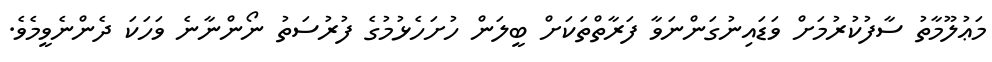
މަޢުލޫމާތު ސާފުކުރުމަށް ވަޑައިނުގަންނަވާ ފަރާތްތަކަށް ބީލަން ހުށަހެޅުމުގެ ފުރުސަތު ނޯންނާނެ ވަހަކަ ދެންނެވީމެވެ.